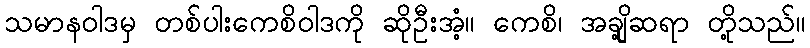
သမာနဝါဒမှ တစ်ပါးကေစိဝါဒကို ဆိုဦးအံ့။ ကေစိ၊ အချို့ဆရာ တို့သည်။